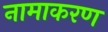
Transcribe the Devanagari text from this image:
नामाकरण्‍ा